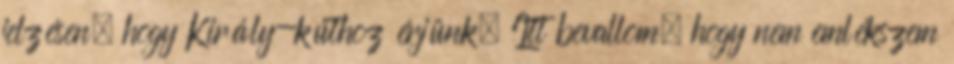
jelzésen, hogy Király-kúthoz érjünk. Itt bevallom, hogy nem emlékszem